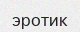
эротик